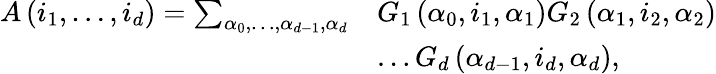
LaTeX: \begin{array}{rl}{A\left(i_{1},\ldots,i_{d}\right)=\sum_{\alpha_{0},\ldots,\alpha_{d-1},\alpha_{d}}}&{G_{1}\left(\alpha_{0},i_{1},\alpha_{1}\right)G_{2}\left(\alpha_{1},i_{2},\alpha_{2}\right)}\\ &{\ldots G_{d}\left(\alpha_{d-1},i_{d},\alpha_{d}\right),}\end{array}